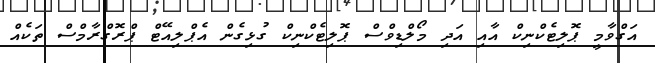
އަގްވާމީ ޕޮލިޓެކްނިކް އާއި އަދި މޯލްޑިވްސް ޕޮލިޓެކްނިކް ގުޅިގެން އެޕްލިއޭޓް ޕްރޮގްރާމްސް ތަކެއް